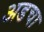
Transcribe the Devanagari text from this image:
अडचा